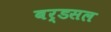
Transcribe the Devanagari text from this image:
बर्डसल